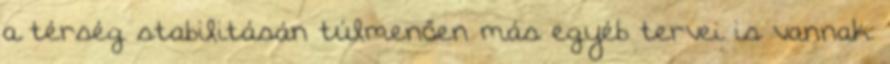
a térség stabilitásán túlmenően más egyéb tervei is vannak.